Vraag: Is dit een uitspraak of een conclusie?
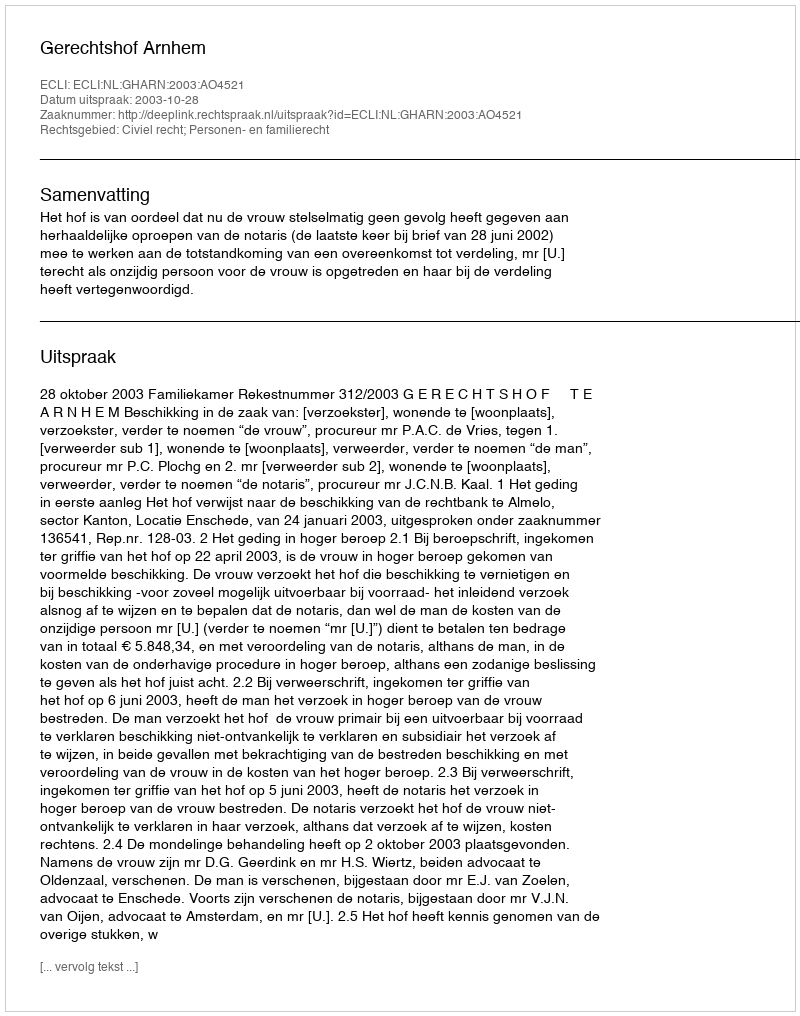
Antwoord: Uitspraak